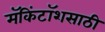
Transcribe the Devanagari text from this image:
मॅकिंटॉशसाठी